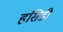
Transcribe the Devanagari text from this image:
हसिडी